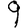
Digit: 9